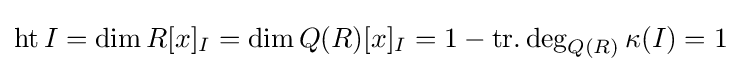
\operatorname {ht} I=\dim R[x]_{I}=\dim Q(R)[x]_{I}=1-\operatorname {tr.deg} _{Q(R)}\kappa (I)=1